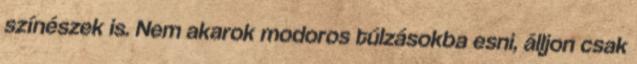
színészek is. Nem akarok modoros túlzásokba esni, álljon csak